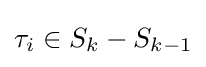
\tau _{i}\in S_{k}-S_{k-1}